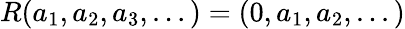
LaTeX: R(a_{1},a_{2},a_{3},...)=(0,a_{1},a_{2},...)